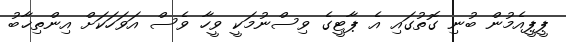
ޕީޕީއެމުން ބުނި ގޮތުގައި އެ ޕާޓީގެ ވިސްނުމަކީ ވީހާ ވެސް އަވަހަކަށް އިންތިޚާބު